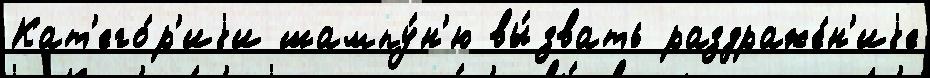
Кат'его́р'иjи шампу́н'ю вы́звать раздраже́н'иjе